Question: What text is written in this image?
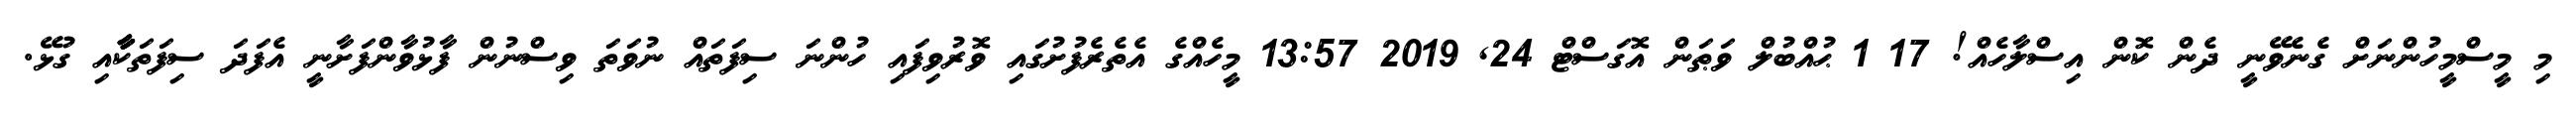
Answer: މި މީސްމީހުންނަށް ގެނެވޭނީ ދެން ކޮން އިސްލާހެއް! 17 1 ޙުއްބުލް ވަޠަން އޮގަސްޓް 24, 2019 13:57 މީހެއްގެ އެތެރެފުށުގައި ވޮރުވިފައި ހުންނަ ސިފަތައް ނުވަތަ ވިސްނުން ފާޅުވާންފަށާނީ އެފަދަ ސިފަތަކާާާާއި ގުޅޭ.